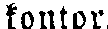
kontor.